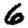
Digit: 6